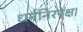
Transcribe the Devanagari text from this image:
धर्मनिरपेक्ष।